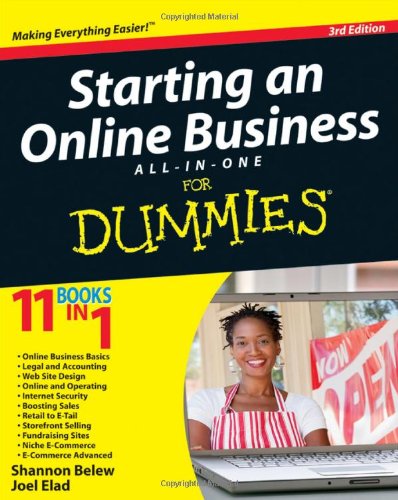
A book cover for Starting an Online Business All-in-One For Dummies; Shannon Belew; Computers & Technology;